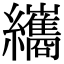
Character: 纗